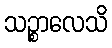
သဉ္စာလေသိ